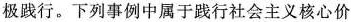
极践行。下列事例中属于践行社会主义核心价